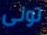
تونى